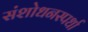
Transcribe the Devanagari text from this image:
संशोधनस्पर्धा